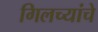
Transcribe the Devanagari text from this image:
गिलच्यांचे